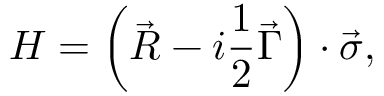
{ \cal H } = \left( \vec { R } - i \frac 1 2 \vec { \Gamma } \right) \cdot \vec { \sigma } ,